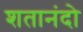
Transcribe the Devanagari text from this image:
शतानंदो